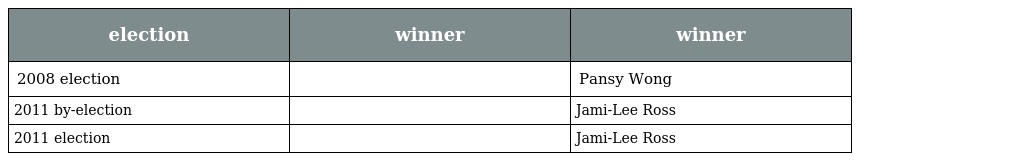
| election | winner | winner |
 | --- | --- | --- |
 | 2008 election |  | Pansy Wong |
 | 2011 by-election |  | Jami-Lee Ross |
 | 2011 election |  | Jami-Lee Ross |